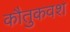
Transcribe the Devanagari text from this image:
कौतुकवश